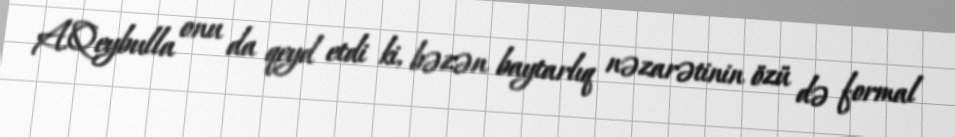
A.Qeybulla onu da qeyd etdi ki, bəzən baytarlıq nəzarətinin özü də formal